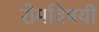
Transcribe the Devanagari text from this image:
रोमविषयी